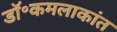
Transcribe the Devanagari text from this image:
डॉ॰कमलाकांत